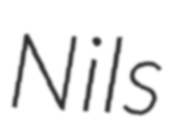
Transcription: Nils